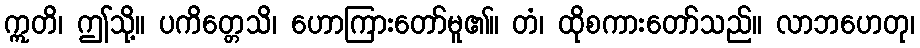
ဣတိ၊ ဤသို့။ ပကိတ္တေသိ၊ ဟောကြားတော်မူ၏။ တံ၊ ထိုစကားတော်သည်။ လာဘဟေတု၊